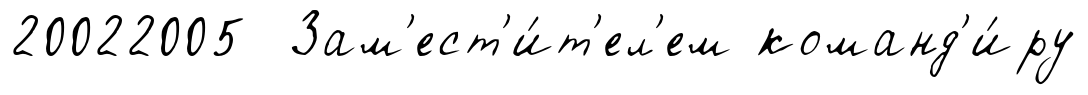
20022005 Зам'ест'и́т'ел'ем команд'и́ру